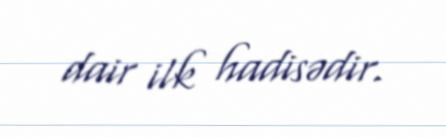
dair ilk hadisədir.